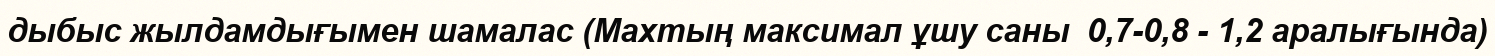
дыбыс жылдамдығымен шамалас (Махтың максимал ұшу саны  0,7-0,8 - 1,2 аралығында)